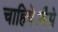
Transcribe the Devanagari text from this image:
चाहिये।जैसे